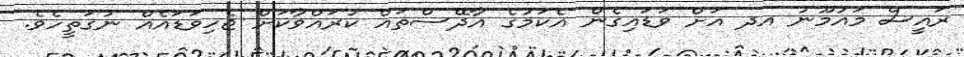
ރައީސް މައުމޫނު އދ އަށް ވަޑައިގެން އެކަމުގެ އާދޭސްތައް ކުރައްވާކަށް ޖެހިވަޑައެއް ނުގަތީހެވެ.